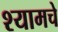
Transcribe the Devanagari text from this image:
श्यामचे